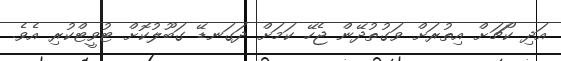
އަދި ކޯޗަށް އިތުރަށް ވަގުތުދޭން ޖެހޭ ކަމަށް ދަގަނޑޭ ގަބޫލުކޮށް ޓުވީޓްކުރި އެވެ.